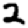
Digit: 2